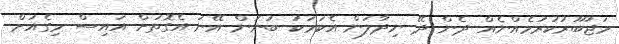
މަޖުބޫރުކުރުމެއްނެއް ދެން ދޭ ނިދާލަން އެކަމަކު ބުނަން އޭނަ އެގޮތަށް އައިސް މިގެއަށް